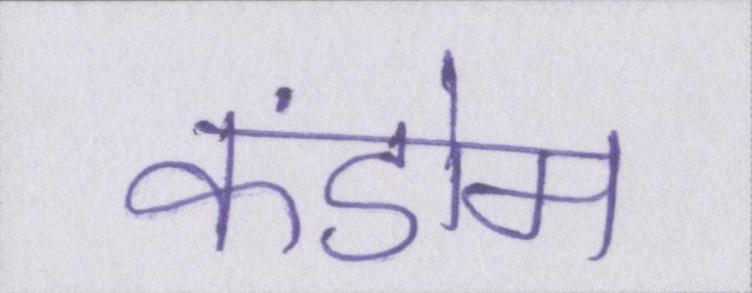
कंडोम